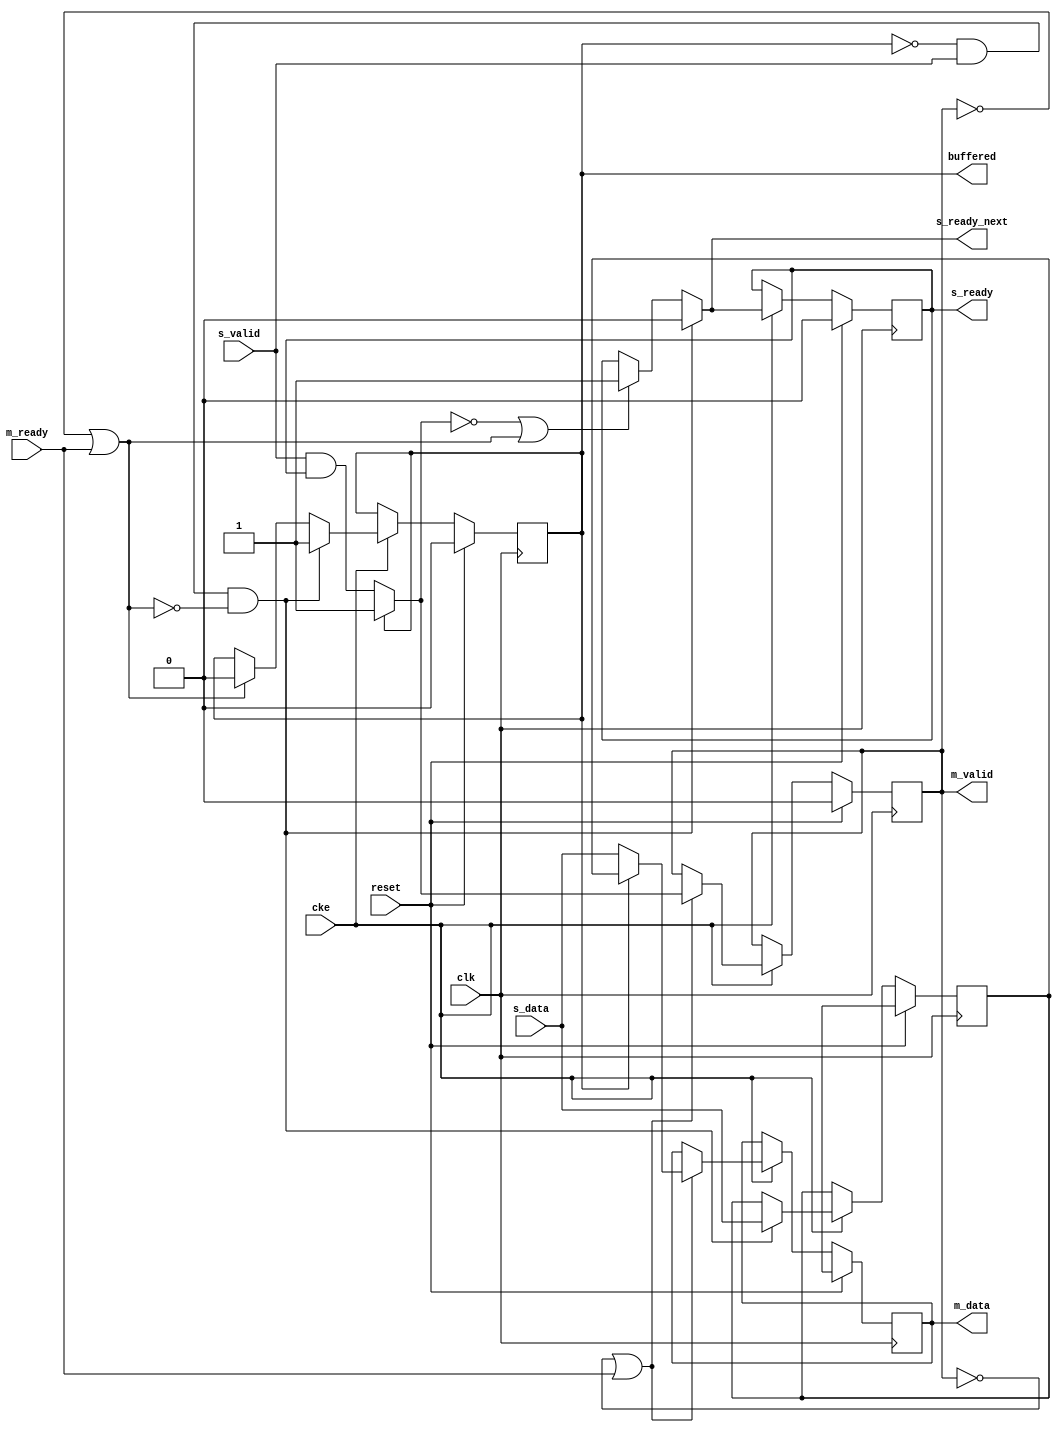
// ---------------------------------------------------------------------------
//  Jelly  -- The platform for real-time computing
//
//                                 Copyright (C) 2008-2020 by Ryuji Fuchikami
//                                 https://github.com/ryuz/jelly.git
// ---------------------------------------------------------------------------



`timescale 1ns / 1ps
`default_nettype none


// pipeline insert FF
module jelly_pipeline_insert_ff
        #(
            parameter   DATA_WIDTH  = 8,
            parameter   SLAVE_REGS  = 1,
            parameter   MASTER_REGS = 1,
            parameter   INIT_DATA   = {DATA_WIDTH{1'bx}}
        )
        (
            input   wire                        reset,
            input   wire                        clk,
            input   wire                        cke,
            
            // slave port
            input   wire    [DATA_WIDTH-1:0]    s_data,
            input   wire                        s_valid,
            output  wire                        s_ready,
            
            // master port
            output  wire    [DATA_WIDTH-1:0]    m_data,
            output  wire                        m_valid,
            input   wire                        m_ready,
            
            // status
            output  wire                        buffered,
            output  wire                        s_ready_next
        );
    
    // internal signal
    wire    [DATA_WIDTH-1:0]    internal_data;
    wire                        internal_valid;
    wire                        internal_ready;
    
    // slave port
    generate
    if ( SLAVE_REGS ) begin : blk_slave
        reg                         reg_s_ready,   next_s_ready;
        reg     [DATA_WIDTH-1:0]    reg_buf_data,  next_buf_data;
        reg                         reg_buf_valid, next_buf_valid;
        
        always @* begin
            next_s_ready   = reg_s_ready;
            next_buf_data  = reg_buf_data;
            next_buf_valid = reg_buf_valid;
            
            if ( !reg_buf_valid && s_valid && !internal_ready ) begin
                // 
                next_s_ready   = 1'b0;
                next_buf_data  = s_data;
                next_buf_valid = 1'b1;
            end
            else begin
                if ( internal_ready ) begin
                    next_buf_valid = 1'b0;
                end
                if ( !internal_valid || internal_ready ) begin
                    next_s_ready = 1'b1;
                end
            end
        end
        
        always @(posedge clk) begin
            if ( reset ) begin
                reg_s_ready   <= 1'b0;
                reg_buf_valid <= 1'b0;
                reg_buf_data  <= INIT_DATA;
            end
            else if ( cke ) begin
                reg_s_ready   <= next_s_ready;
                reg_buf_data  <= next_buf_data;
                reg_buf_valid <= next_buf_valid;
            end
        end
        assign internal_data   = reg_buf_valid ? reg_buf_data : s_data;
        assign internal_valid  = reg_buf_valid ? 1'b1         : s_valid & reg_s_ready;
        assign s_ready         = reg_s_ready;
        assign buffered        = reg_buf_valid;
        assign s_ready_next    = next_s_ready;
    end
    else begin
        assign internal_data   = s_data;
        assign internal_valid  = s_valid;
        assign s_ready         = internal_ready;
        assign buffered        = 1'b0;
        assign s_ready_next    = 1'bx;
    end
    endgenerate
    
    
    // master port
    generate
    if ( MASTER_REGS ) begin : blk_master
        reg     [DATA_WIDTH-1:0]    reg_m_data;
        reg                         reg_m_valid;
        
        always @(posedge clk) begin
            if ( reset ) begin
                reg_m_data  <= INIT_DATA;
                reg_m_valid <= 1'b0;
            end
            else if ( cke ) begin
                if ( ~m_valid || m_ready ) begin
                    reg_m_data  <= internal_data;
                    reg_m_valid <= internal_valid;
                end
            end
        end
        
        assign internal_ready = (!m_valid || m_ready);
        assign m_data         = reg_m_data;
        assign m_valid        = reg_m_valid;
    end
    else begin
        assign internal_ready = m_ready;
        assign m_data         = internal_data;
        assign m_valid        = internal_valid;
    end
    endgenerate
    
endmodule


`default_nettype wire


// end of file